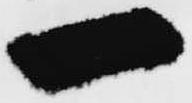
一